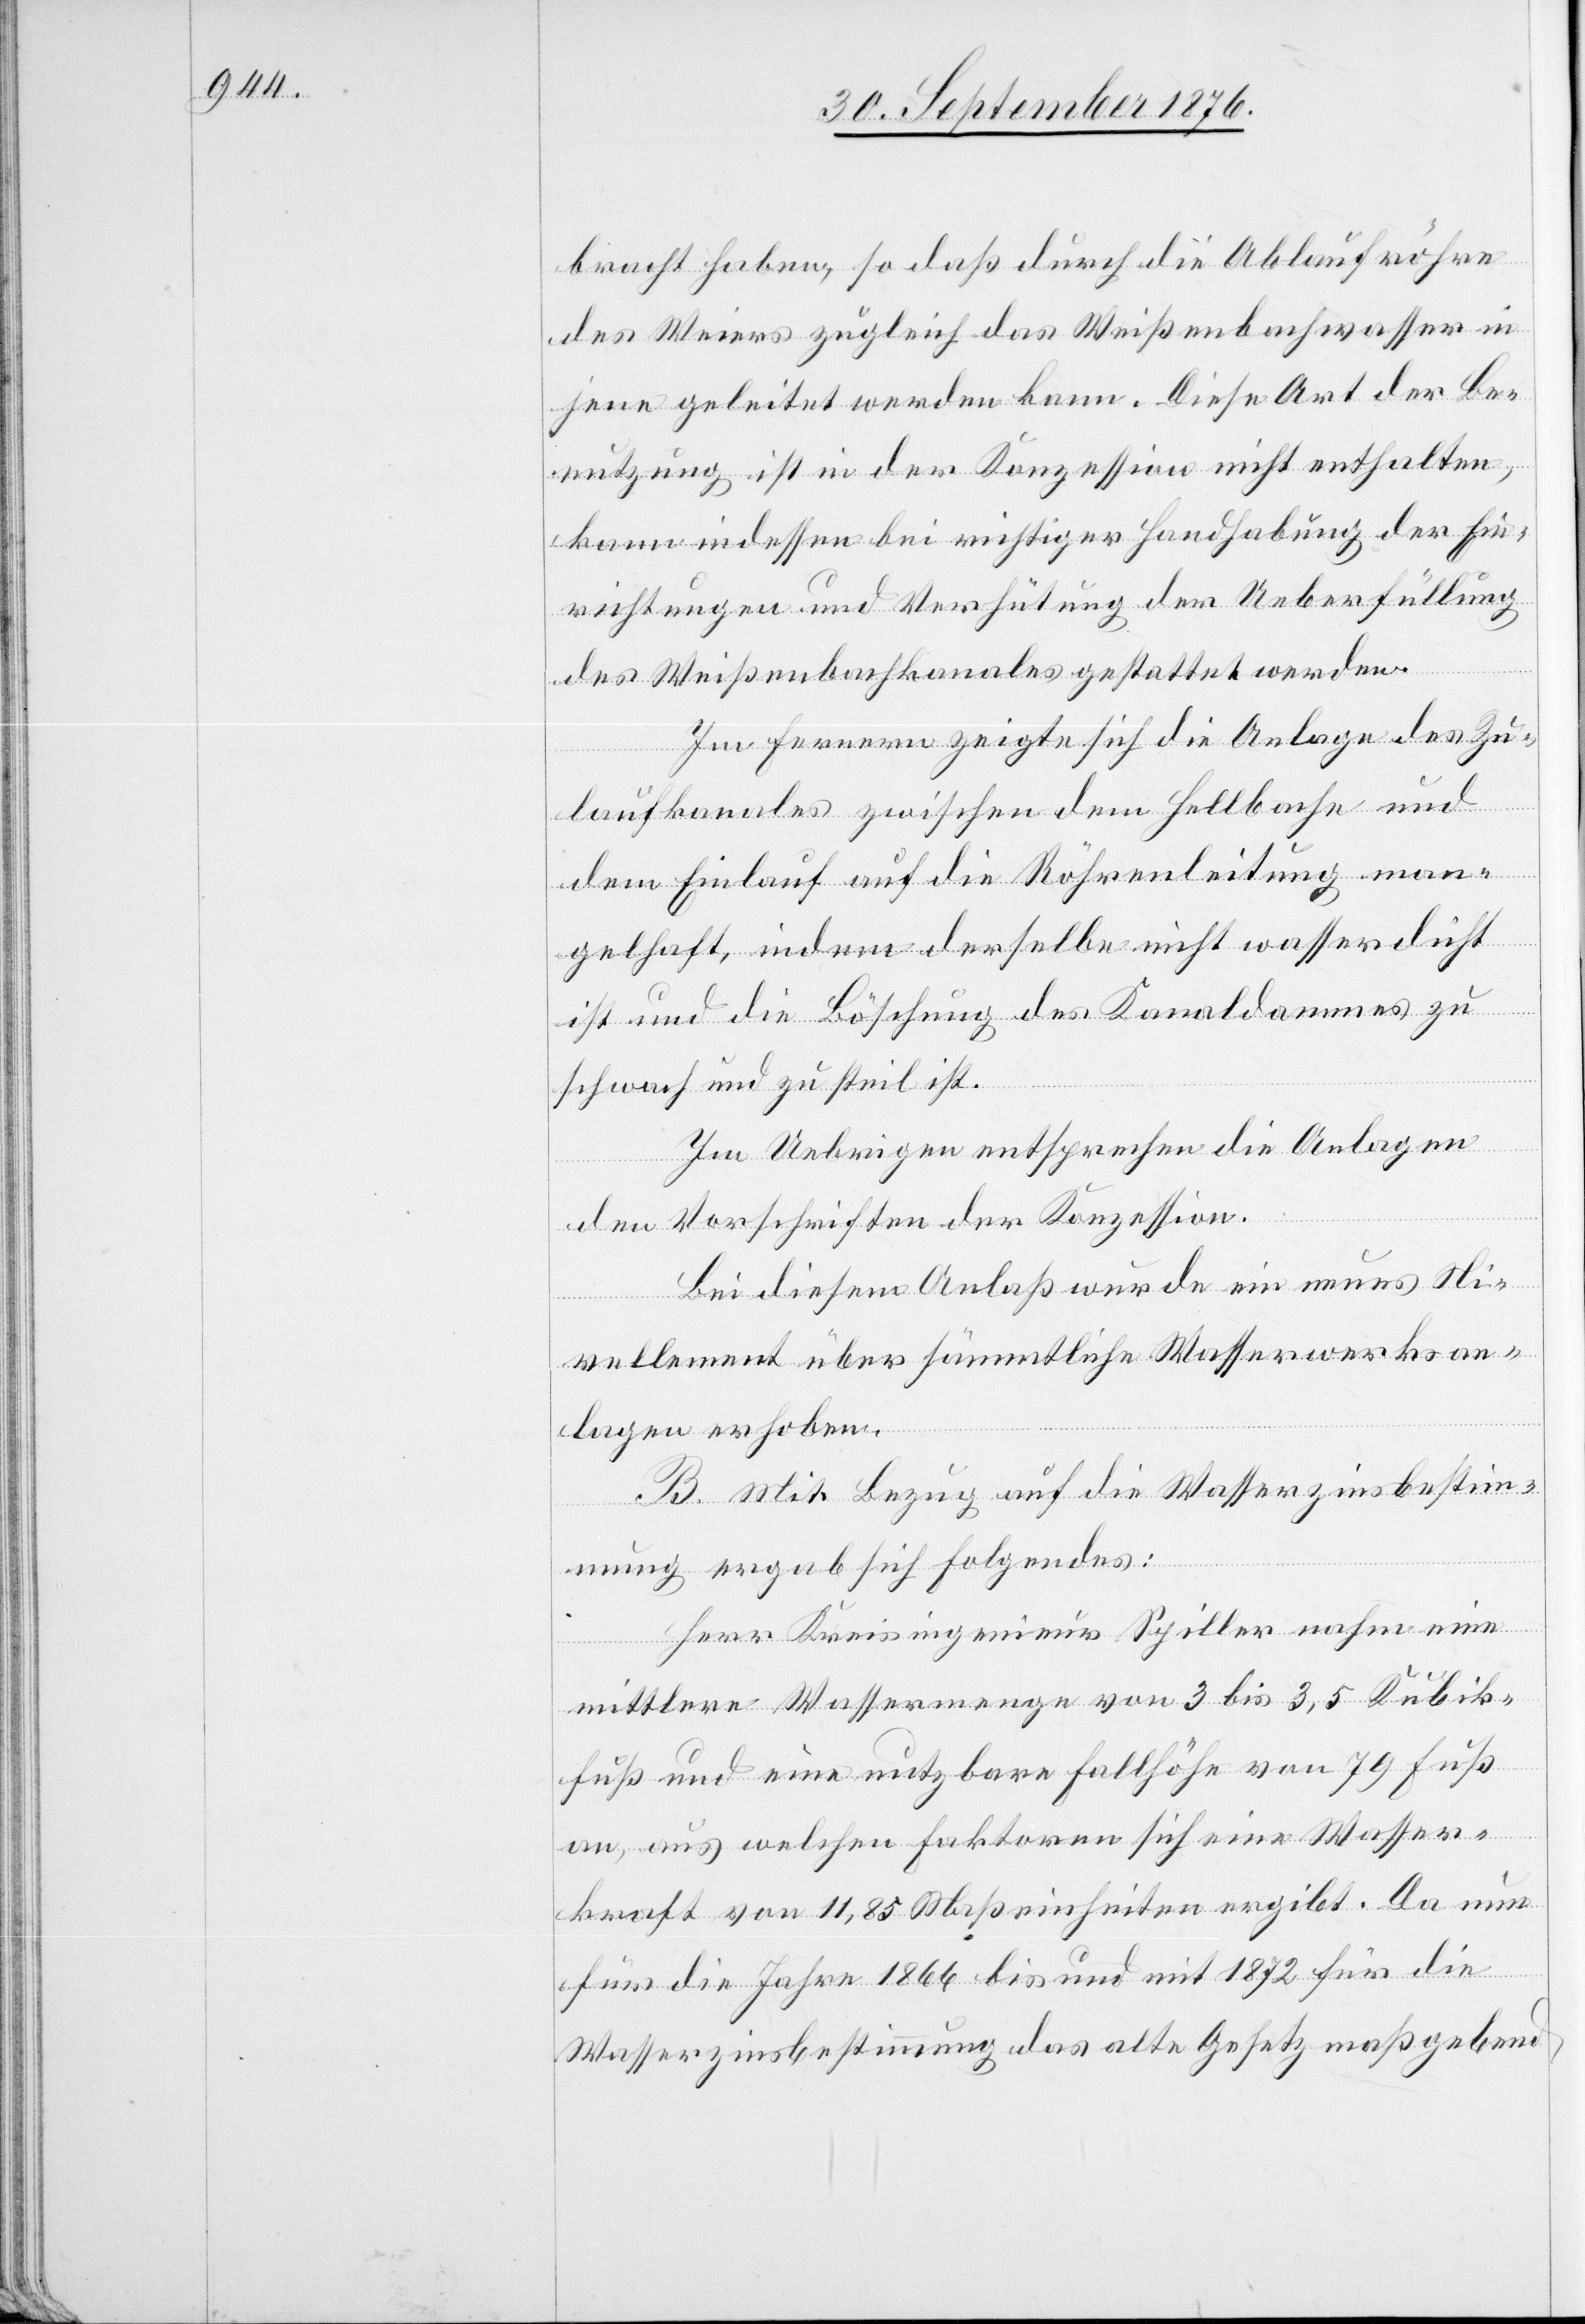
bracht haben, so daß durch die Ablaufröhre
des Weiers zugleich das Weißenbachwasser in
jene geleitet werden kann. Diese Art der Be¬
nutzung ist in der Konzession nicht enthalten,
kann indessen bei richtiger Handhabung der Ein¬
richtungen und Verhütung der Ueberfüllung
des Weißenbachkanals gestattet werden.
Im Fernern zeigte sich die Anlage des Zu¬
laufkanales zwischen dem Hellbache und
dem Einlauf auf die Röhrenleitung man¬
gelhaft, indem derselbe nicht wasserdicht
ist und die Böschung des Kanaldammes zu
schwach und zu steil ist.
Im Uebrigen entsprechen die Anlagen
den Vorschriften der Konzession.
Bei diesem Anlaß wurde ein neues Ni¬
vellement über sämmtliche Wasserwerksan¬
lagen erhoben.
B. Mit Bezug auf die Wasserzinsbestim¬
mung ergab sich Folgendes:
Herr Kreisingenieur Spiller nahm eine
mittlere Wassermenge von 3 bis 3,5 Kubik¬
fuß und eine nutzbare Fallhöhe von 79 Fuß
an, aus welchen Faktoren sich eine Wasser¬
kraft von 11,85 Maßeinheiten ergibt. DA nun
für die Jahre 1866 bis und mit 1872 für die
Wasserzinsbestimmung das alte Gesetz maßgebend